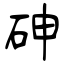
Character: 砷